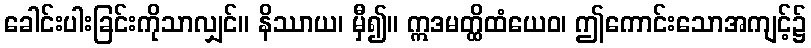
ခေါင်းပါးခြင်းကိုသာလျှင်။ နိဿာယ၊ မှီ၍။ ဣဒမတ္ထိထံယေဝ၊ ဤကောင်းသောအကျင့်၌